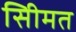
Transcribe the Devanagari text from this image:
सीिमत